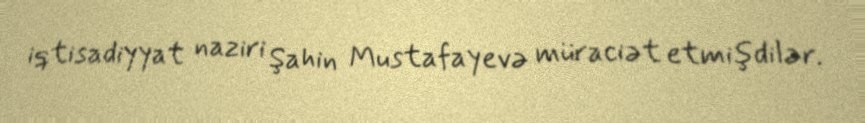
iqtisadiyyat naziri Şahin Mustafayevə müraciət etmişdilər.